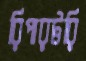
রিপারটরি